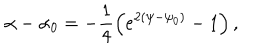
\alpha - \alpha _ { 0 } = - \frac { 1 } { 4 } \left( e ^ { 2 ( \psi - \psi _ { 0 } ) } - 1 \right) ,